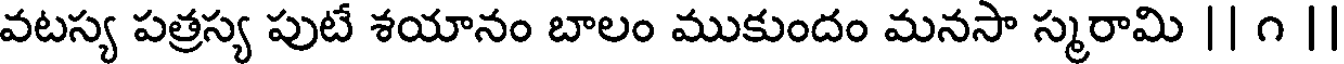
వటస్య పత్రస్య పుటే శయానం బాలం ముకుందం మనసా స్మరామి || ౧ |